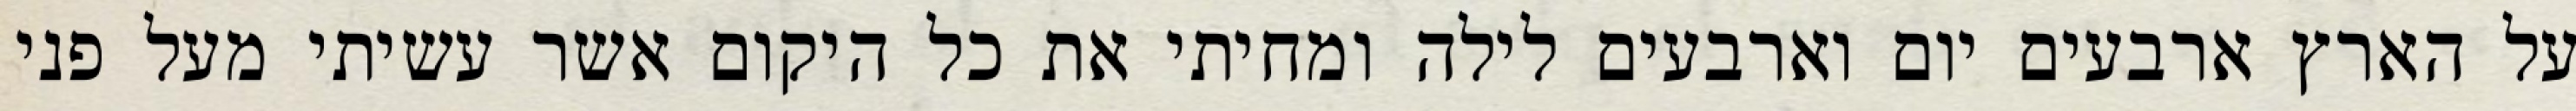
על הארץ ארבעים יום וארבעים לילה ומחיתי את כל היקום אשר עשיתי מעל פני